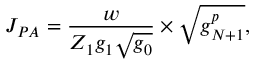
J _ { P A } = \frac { w } { Z _ { 1 } g _ { 1 } \sqrt { g _ { 0 } } } \times \sqrt { g _ { N + 1 } ^ { p } } ,